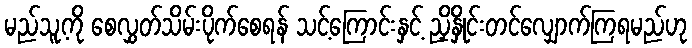
မည်သူ့ကို စေလွှတ်သိမ်းပိုက်စေရန် သင့်ကြောင်းနှင့် ညှိနှိုင်းတင်လျှောက်ကြရမည်ဟု